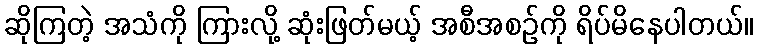
ဆိုကြတဲ့ အသံကို ကြားလို့ ဆုံးဖြတ်မယ့် အစီအစဉ်ကို ရိပ်မိနေပါတယ်။